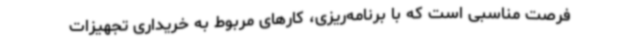
فرصت مناسبی است که با برنامه‌ریزی، کارهای مربوط به خریداری تجهیزات